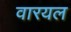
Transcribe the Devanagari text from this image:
वारयल